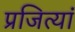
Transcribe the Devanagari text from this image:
प्रजित्यां